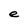
Character: e